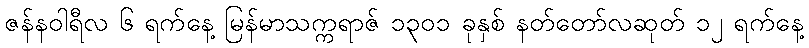
ဇန်နဝါရီလ ၆ ရက်နေ့ မြန်မာသက္ကရာဇ် ၁၃၀၁ ခုနှစ် နတ်တော်လဆုတ် ၁၂ ရက်နေ့